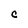
Character: C